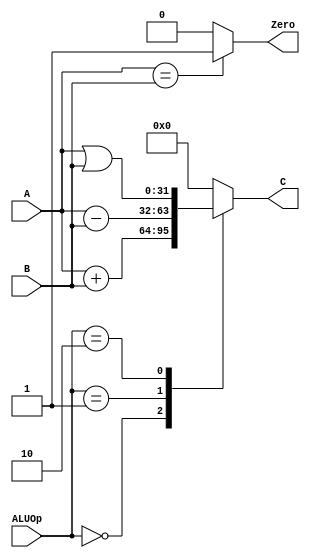
`timescale 1ns / 1ps

module alu(
           input [31:0] A,
           input [31:0] B,
           input [1:0] ALUOp,
           output reg [31:0] C,
           output reg Zero
       );

always @(*) begin
    Zero = A == B ? 1 : 0;
    case (ALUOp)
        2'b00:
            C = A + B;
        2'b01:
            C = A - B;
        2'b10:
            C = A | B;
        default:
            C = 0;
    endcase
end

endmodule // alu